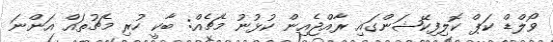
ވޯލްޑް ކަޕް ކޮލިފިކޭޝަންގައި ރާއްޖެއިން ކުޅުނު މެޗެއް: ބާކީ ހުރި މެޗުތައް އަންނަ